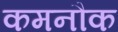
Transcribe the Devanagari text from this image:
कमनौक